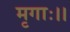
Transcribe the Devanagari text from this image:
मृगाः।।